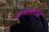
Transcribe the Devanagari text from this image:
गणेशस्थाने